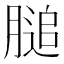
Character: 膇